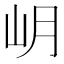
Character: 岄